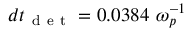
d t _ { \mathrm { ~ d ~ e ~ t ~ } } = 0 . 0 3 8 4 ~ \omega _ { p } ^ { - 1 }